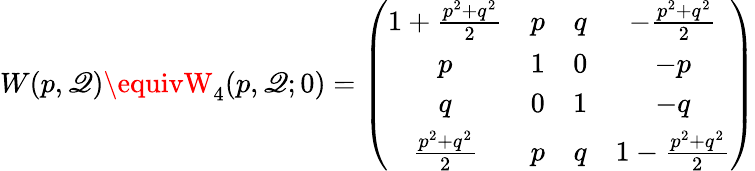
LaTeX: W(p,\mathscr{Q})\equivW_{4}(p,\mathscr{Q};0)=\left(\begin{array}{cccc}{{1+\frac{p^{2}+q^{2}}{2}}}&{{p}}&{{q}}&{{-\frac{p^{2}+q^{2}}{2}}}\\ {{p}}&{{1}}&{{0}}&{{-p}}\\ {{q}}&{{0}}&{{1}}&{{-q}}\\ {{\frac{p^{2}+q^{2}}{2}}}&{{p}}&{{q}}&{{1-\frac{p^{2}+q^{2}}{2}}}\end{array}\right)